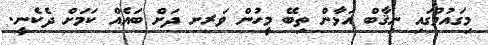
މިގައުމުގައި ނިޤާބް އަޅާން ތިބޭ މީހުން ވަރށ ދަށް ބައެއް ކަމަށް ދެކެނީ.